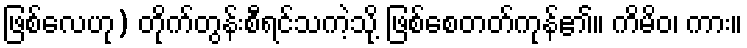
ဖြစ်လေဟု) တိုက်တွန်းစီရင်သကဲ့သို့ ဖြစ်စေတတ်ကုန်၏။ ကိမိဝ၊ ကား။